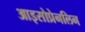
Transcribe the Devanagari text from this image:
आइसोप्रेनलिन